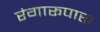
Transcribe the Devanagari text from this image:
रंगारूपास